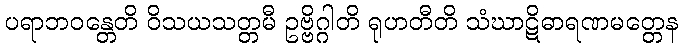
ပရာဘဝန္တေတိ ဝိသယသတ္တမီ ဥဗ္ဗိဂ္ဂါတိ ရုဟတီတိ သံဃာဋိဓာရဏမတ္တေန